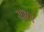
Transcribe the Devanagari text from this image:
रहाणं